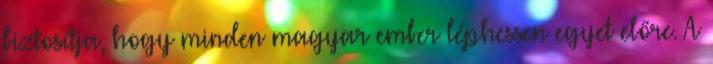
biztosítja, hogy minden magyar ember léphessen egyet előre. A